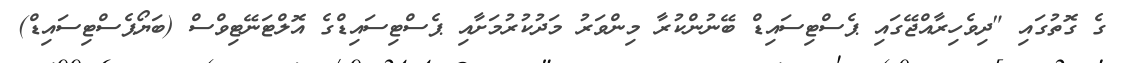
ގެ ގޮތުގައި "ދިވެހިރާއްޖޭގައި ޕެސްޓިސައިޑް ބޭނުންކުރާ މިންވަރު މަދުކުރުމަށާއި ޕެސްޓިސައިޑްގެ އޮލްޓަނޭޓިވްސް (ބަޔޯޕެސްޓިސައިޑް)